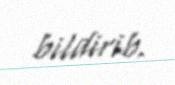
bildirib.